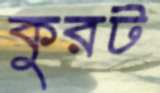
কুরট